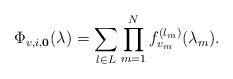
LaTeX: \begin{align*}\Phi_{v,i,{\bf 0}}(\lambda) = \sum_{l\in L}\prod_{m=1}^N f_{v_m}^{(l_m)}(\lambda_m).\end{align*}